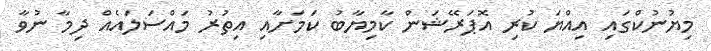
މިޔުނުކްގައި އިއްޔަ ކުރި އޮޕަރޭޝަން ކާމިޔާބު ކަމަށާއި އިތުރު މައްސަލައެއް ދިމާ ނުވާ